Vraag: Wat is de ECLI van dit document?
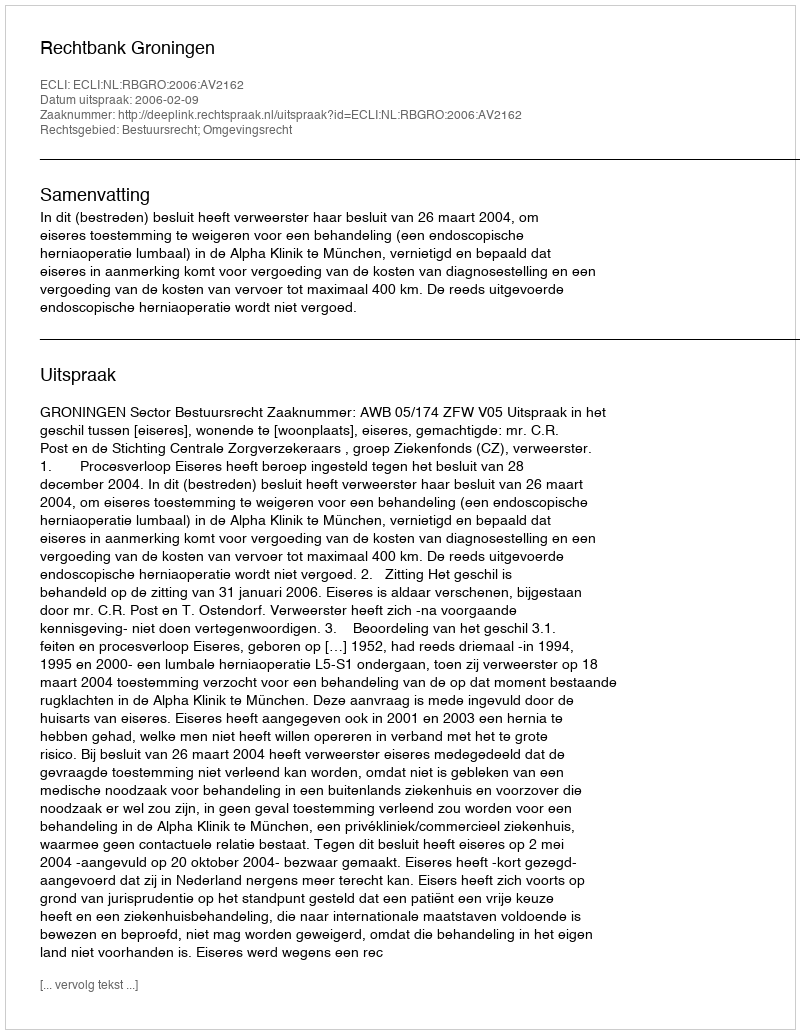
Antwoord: ECLI:NL:RBGRO:2006:AV2162